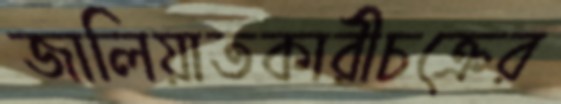
জালিয়াতকারীচক্রের